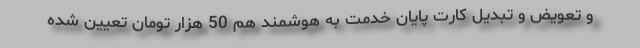
و تعویض و تبدیل کارت پایان خدمت به هوشمند هم 50 هزار تومان تعیین شده